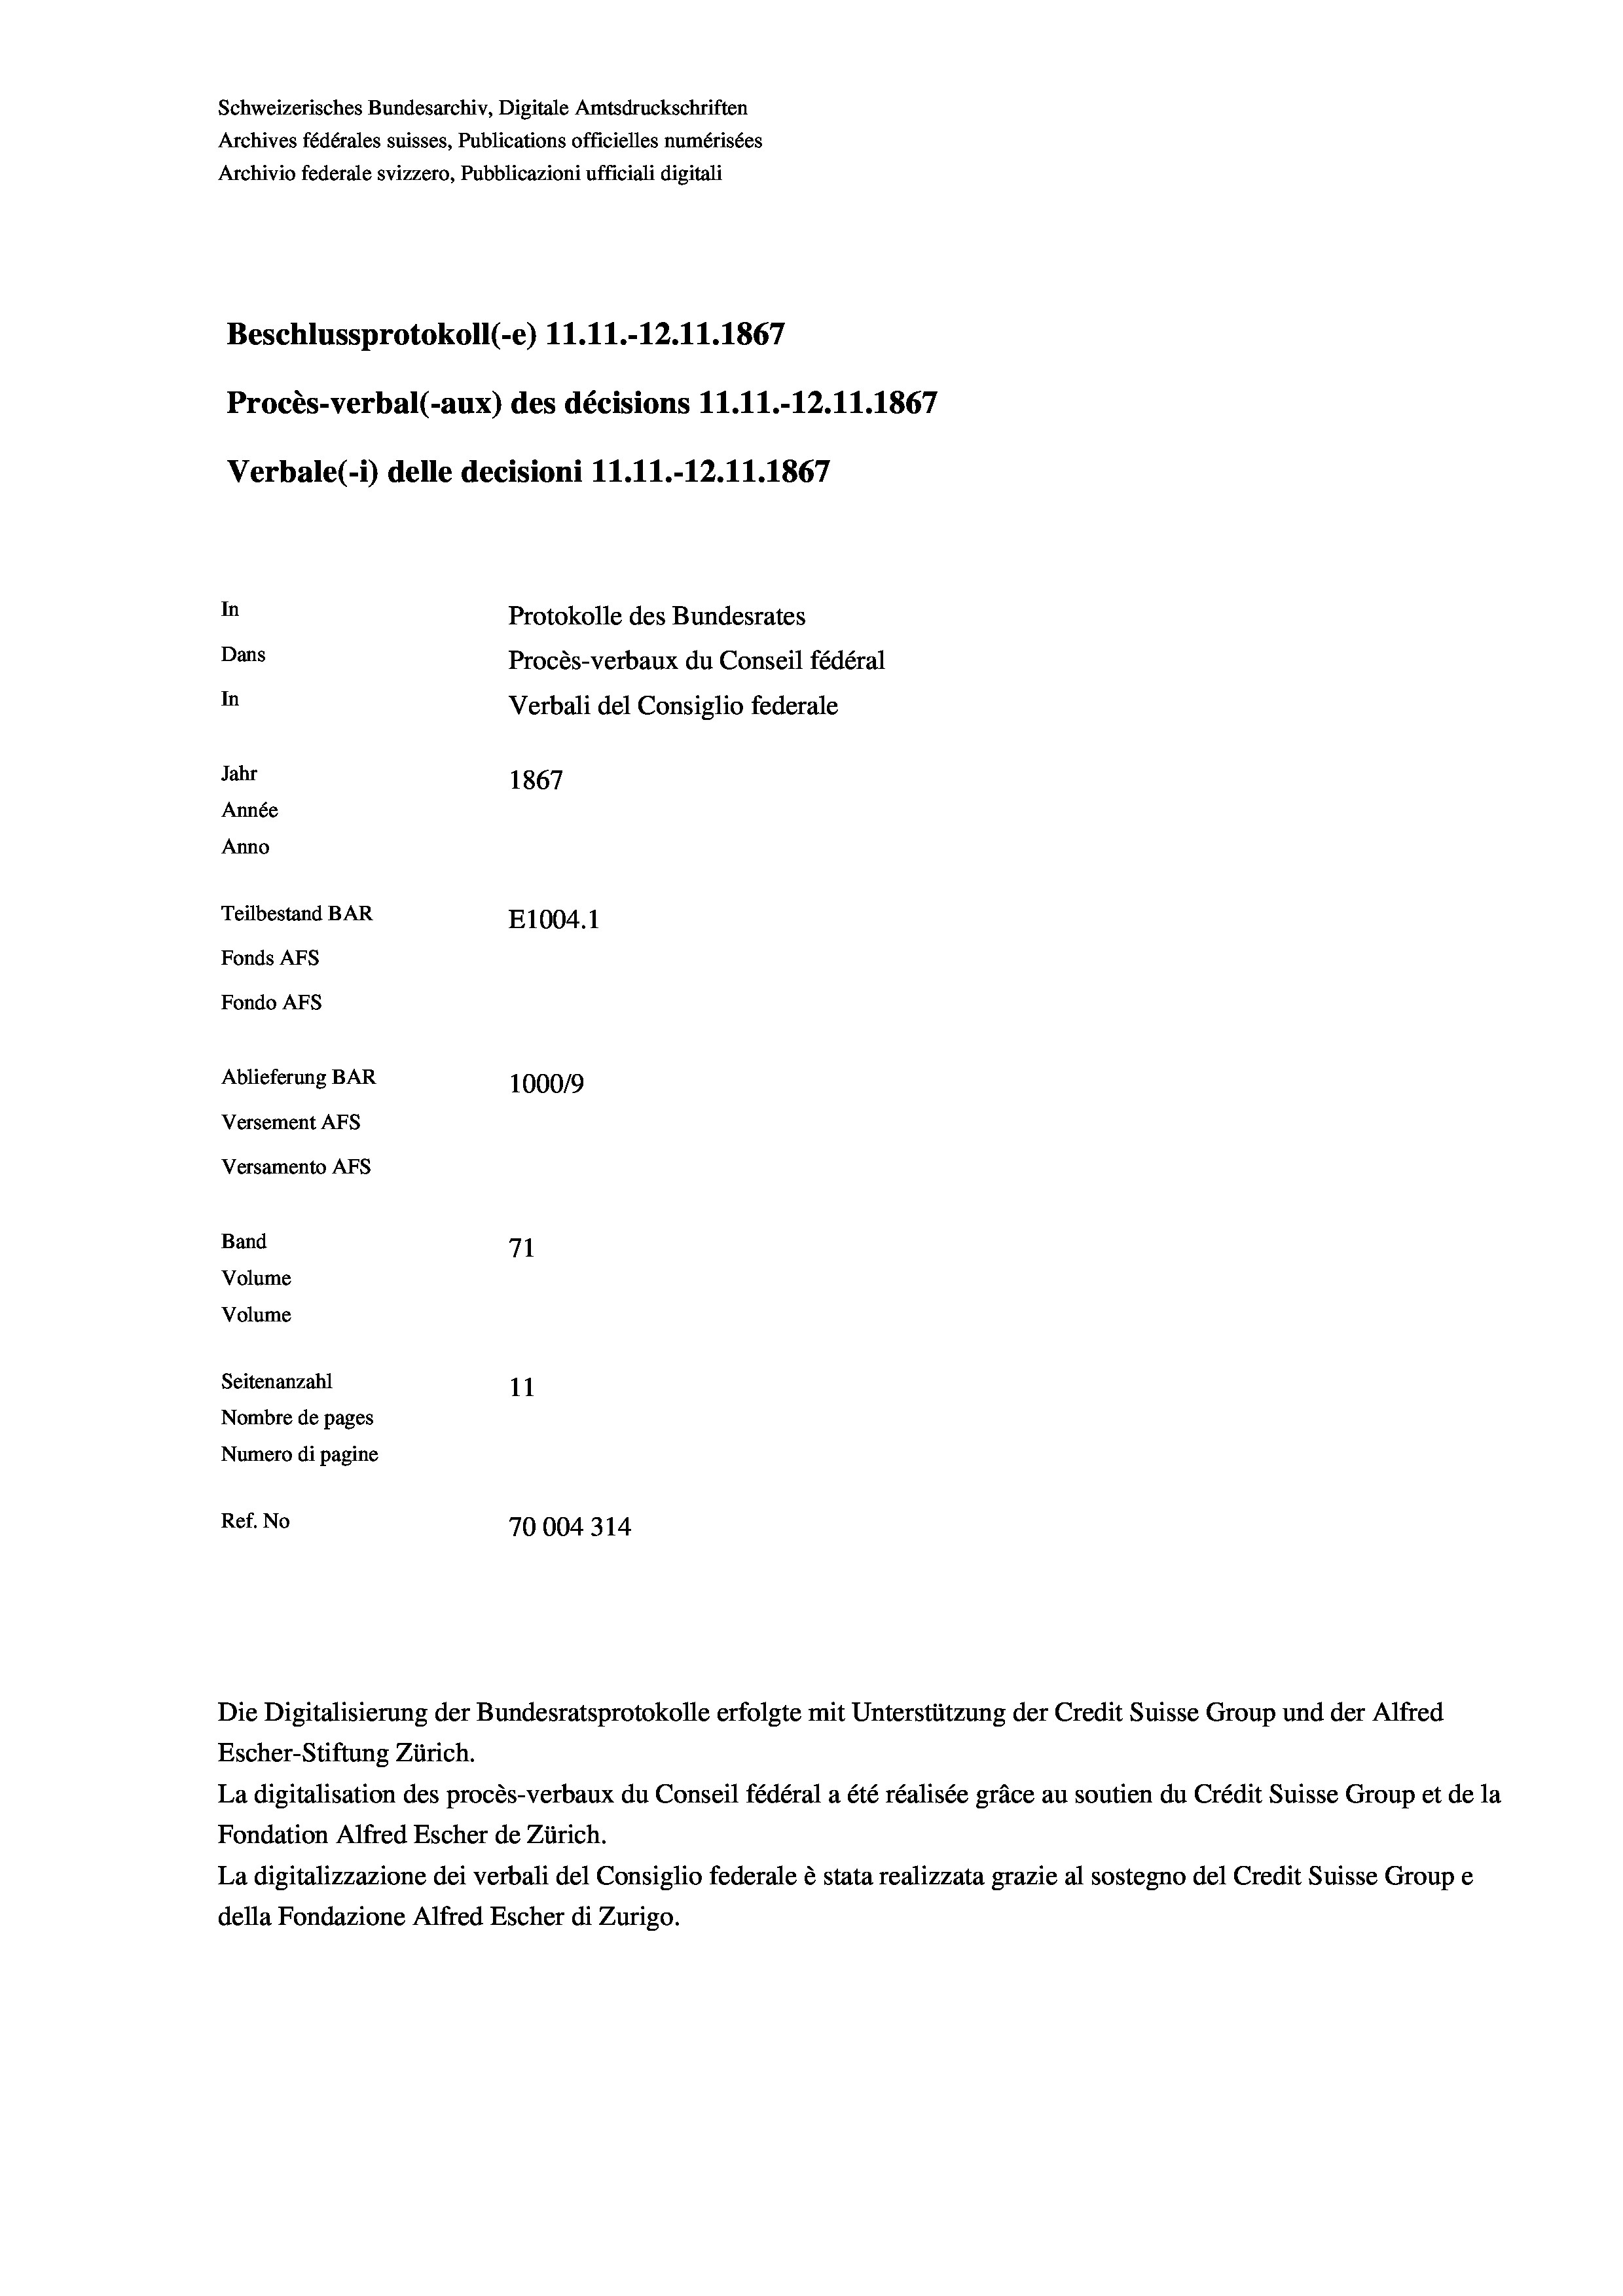
Schweizerisches Bundesarchiv, Digitale Amtsdruckschriften
Archives fédérales suisses, Publications officielles numérisées
Archivio federale svizzero, Pubblicazioni ufficiali digitali
Beschlussprotokoll (-e) 11.11.-12.11.1867
Procès-verbal (-aux) des décisions 11.11.-12.11.1867
Verbale(-*) delle decisioni 11.11.-12.11.1867
In
Protokolle des Bundesrates
Dans
Procès-verbaux du Conseil fédéral
In
Verbali del Consiglio federale
Jahr
1867
Année
Anno
Teilbestand BAR
E1004.1
Fonds AFs
Fondo AFs
Ablieferung BAR
100019
Versement AFs
Versamento AFs
Band
71
Volume
Volume
Seitenanzahl
11
Nombre de pages
Numero di pagine
Ref. No
70004314

Escher-Stiftung Zürich.
La digitalisation des procès-verbaux du Conseil fédéral a été réalisée gräce au soutien du Crédit Suisse Group et de la
Fondation Alfred Escher de Zürich.
La digitalizzazione dei verbali del Consiglio federale è stata realizzata grazie al sostegno del Credit Suisse Groupe
della Fondazione Alfred Escher di Zurigo.

Die Digitalisierung der Bundesratsprotokolle erfolgte mit Unterstützung der Credit Suisse Group und der Alfred